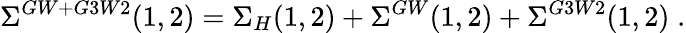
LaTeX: \Sigma^{GW+G3W2}(1,2)=\Sigma_{H}(1,2)+\Sigma^{GW}(1,2)+\Sigma^{G3W2}(1,2)\; .